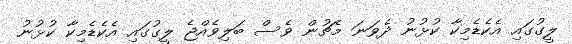
ލީގުގައި އެކެޑެމިކާ ކުޅުނު ދެވަނަ މެޗުން ވެސް ބަލިވެއްޖެ ލީގުގައި އެކެޑެމިކާ ކުޅުނު